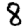
Digit: 8